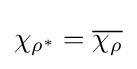
\chi _{\rho ^{*}}={\overline {\chi _{\rho }}}